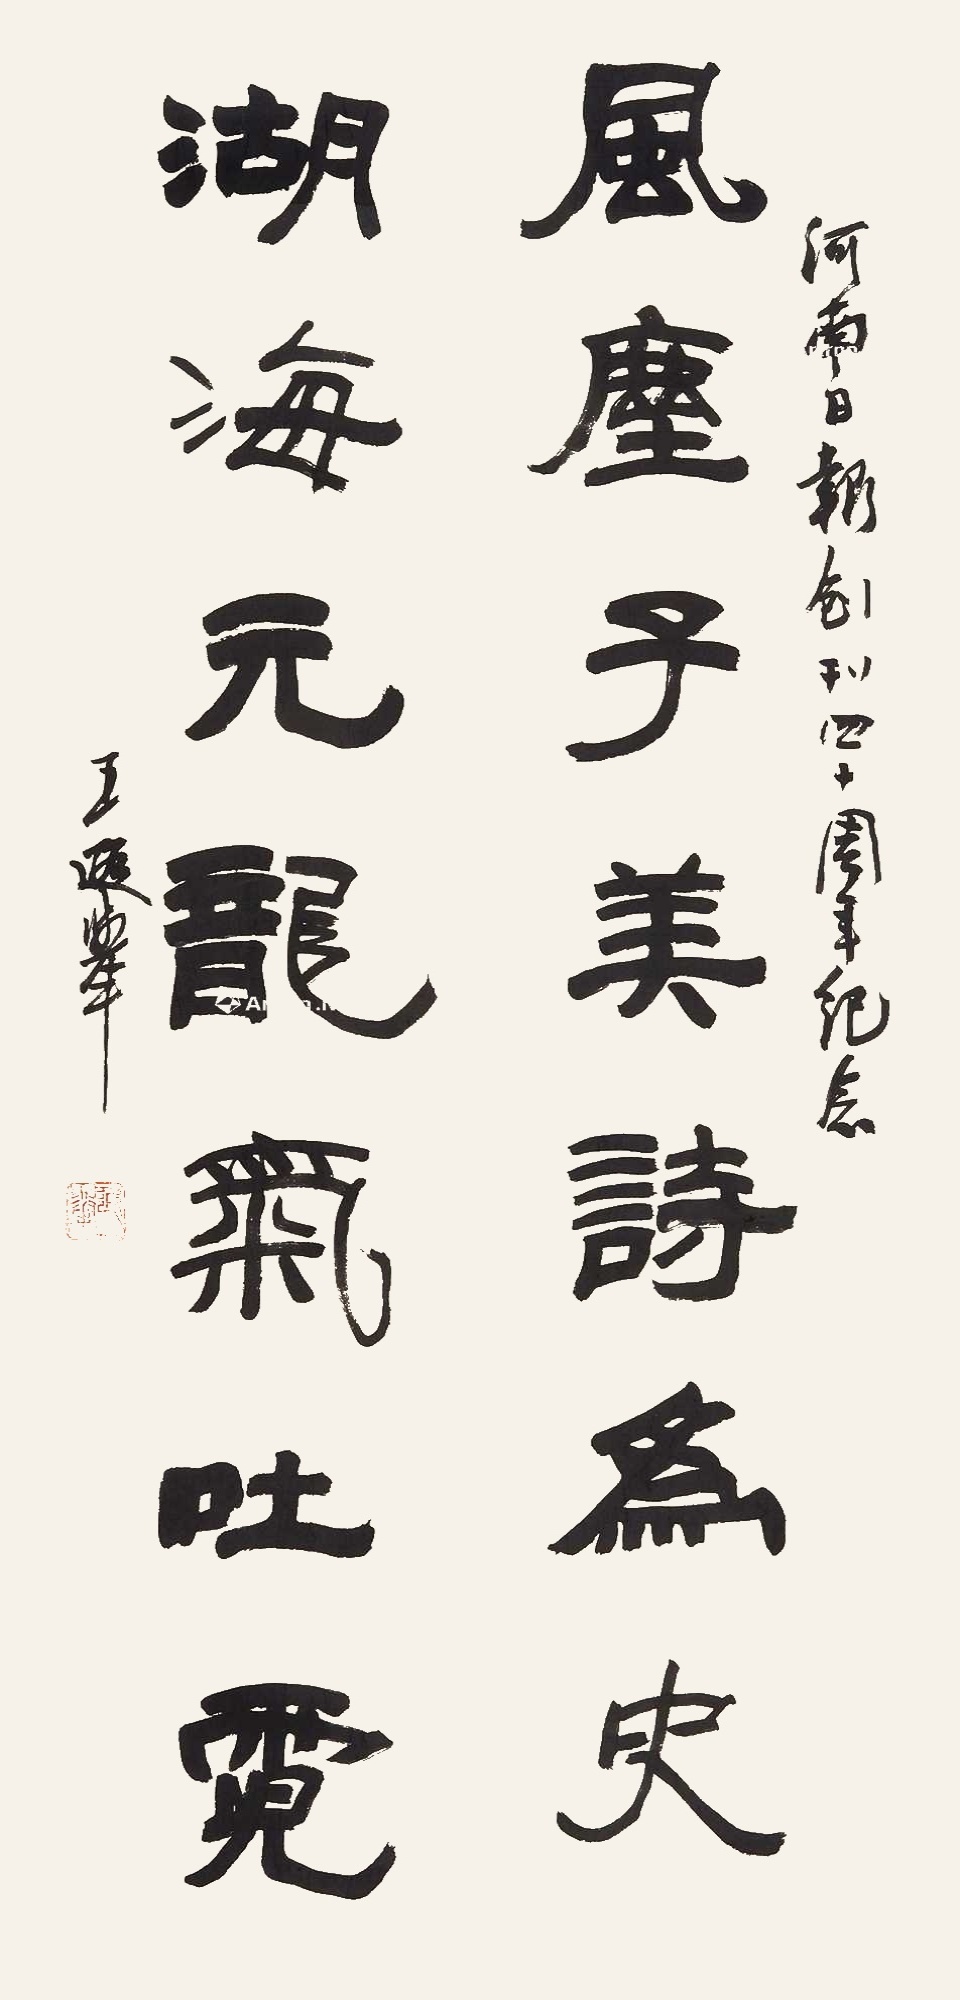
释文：风尘子美诗为史，湖海元龙气吐霓。河南日报创刊四十周年（1989）纪念。王遐举。